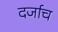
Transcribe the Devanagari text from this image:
दर्जाच